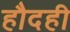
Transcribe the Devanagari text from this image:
हौदही